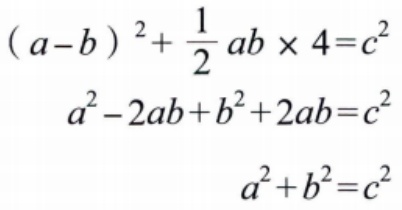
\[
\begin{align*}
(a - b)^2+\frac{1}{2}ab\times4&=c^2\\
a^2 - 2ab + b^2+2ab&=c^2\\
a^2 + b^2&=c^2
\end{align*}
\]